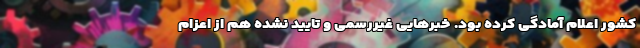
کشور اعلام آمادگی کرده بود. خبرهایی غیررسمی و تایید نشده هم از اعزام